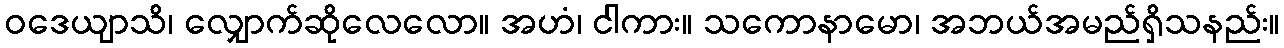
ဝဒေယျာသိ၊ လျှောက်ဆိုလေလော။ အဟံ၊ ငါကား။ သကောနာမော၊ အဘယ်အမည်ရှိသနည်း။